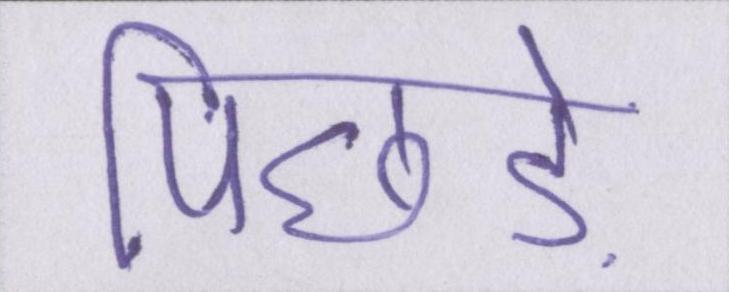
पिछड़े